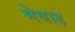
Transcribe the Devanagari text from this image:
मेवाढ़